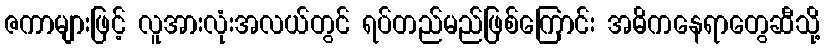
ဇကာများဖြင့် လူအားလုံးအလယ်တွင် ရပ်တည်မည်ဖြစ်ကြောင်း အဓိကနေရာတွေဆီသို့